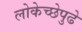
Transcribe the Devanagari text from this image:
लोकेच्छेपुढे